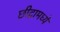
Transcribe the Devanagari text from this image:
छीद्रामध्ये